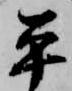
平